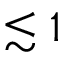
\lesssim 1